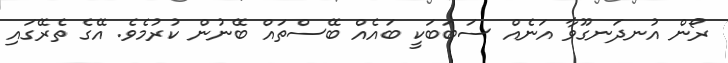
ރޯން އުނދަނގޫވާ އަނެއް ސަބަބަކީ ބައެއް ބޭސްތައް ބޭނުން ކުރުމެވެ. އޭގެ ތެރޭގައި